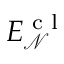
E _ { \mathcal { N } } ^ { \textrm { c l } }